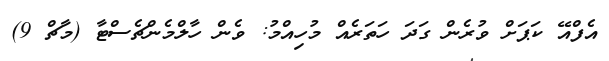
އެފްއޭ ކަޕަށް ވުރެން ގަދަ ހަތަރެއް މުހިއްމު: ވެން ހާލްމެންޗެސްޓާ (މާޗް 9)